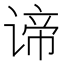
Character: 谛